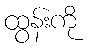
ထွန်းကို